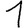
Digit: 1